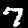
Label: 7